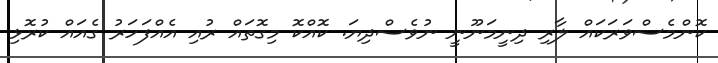
ކޮންމެސްވަރަކައް ލާރި ދިނީމަނޫނީ ނުވެސްދިޔަ. ކޮއްކޮ މިގޮތައް ރުއި އެއްފަހަރު ގެއައް ކުރޮޅި